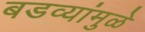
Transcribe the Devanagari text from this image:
बडव्यांमुळे